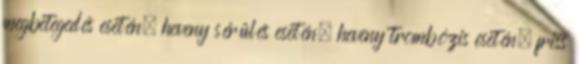
megbetegedés esetén, heveny sérülés esetén, heveny trombózis esetén, friss